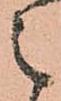
之